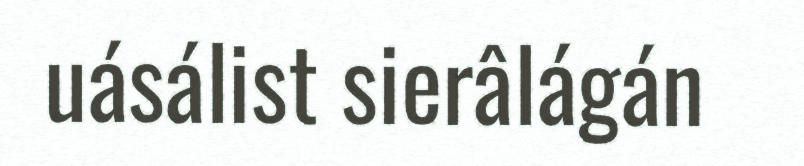
uásálist sierâlágán